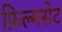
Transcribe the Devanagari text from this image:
फ़िल्मसेट